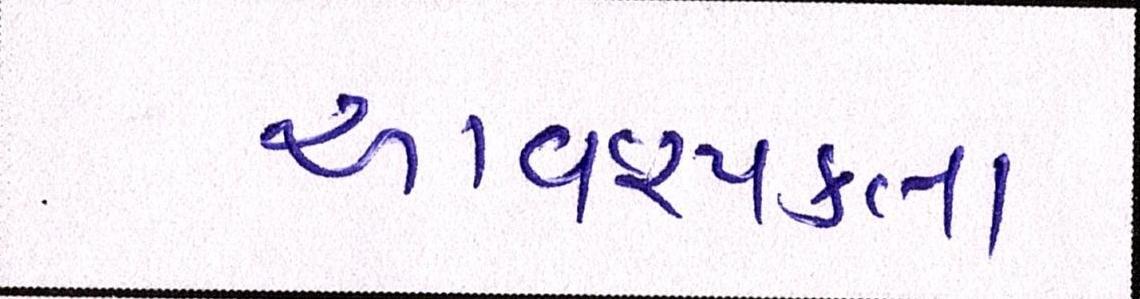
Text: આવશ્યકતા